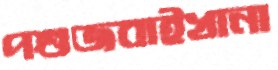
পশুজবাইখানা